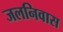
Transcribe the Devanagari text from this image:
जलनिवास